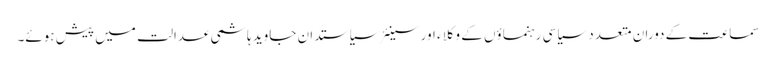
سماعت کے دوران متعدد سیاسی رہنماؤں کے وکلاء اور سینئر سیاستدان جاوید ہاشمی عدالت میں پیش ہوئے۔